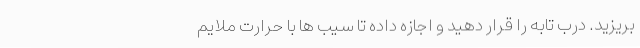
بریزید. درب تابه را قرار دهید و اجازه داده تا سیب ها با حرارت ملایم